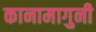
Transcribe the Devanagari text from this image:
कानामागुनी